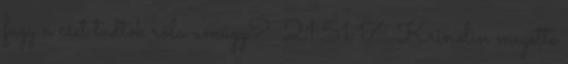
fagy a cset tudtok róla amúgy? 21:51:17 Krinolin megette